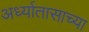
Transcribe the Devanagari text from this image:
अर्ध्यातासाच्या